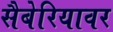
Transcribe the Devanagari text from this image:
सैबेरियावर